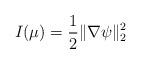
LaTeX: \begin{align*}I(\mu)=\frac 12\|\nabla\psi\|_2^2\end{align*}